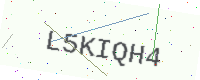
Text: L5KIQH4